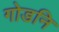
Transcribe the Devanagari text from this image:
गोडनि